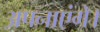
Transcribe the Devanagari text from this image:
अपनाएंगे।